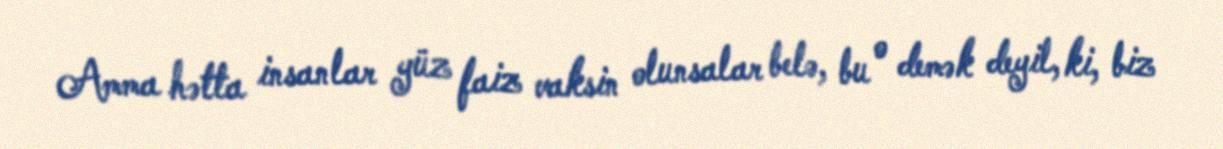
Amma hətta insanlar yüz faiz vaksin olunsalar belə, bu o demək deyil, ki, biz